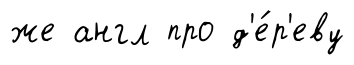
же англ про д'е́р'еву